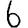
Digit: 6